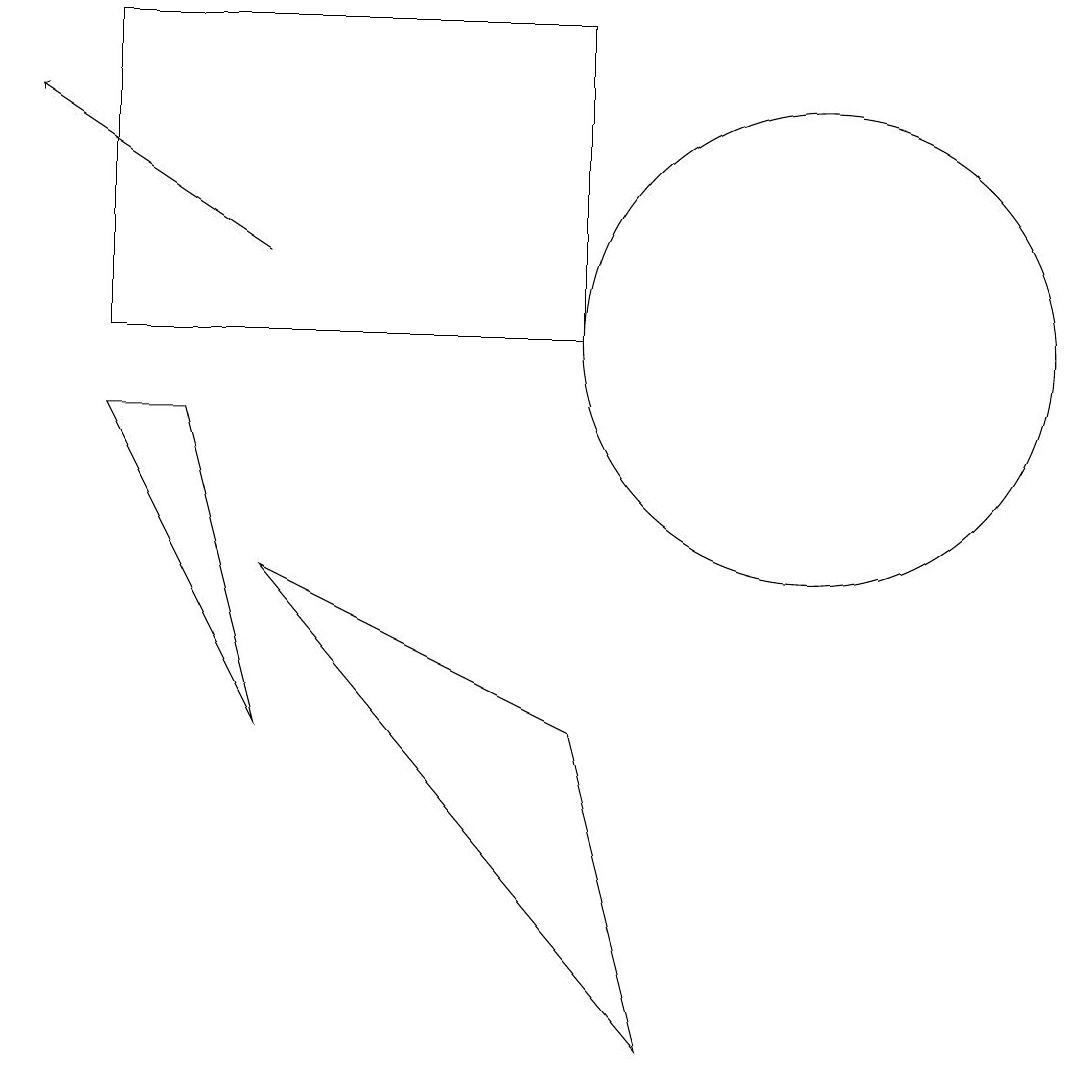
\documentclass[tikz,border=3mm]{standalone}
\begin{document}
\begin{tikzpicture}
\draw (2,9) -- (1,9) -- (3,5) -- cycle;
\draw (10,10) circle (3);
\draw[->] (3,11) -- (0,13);
\draw (3,7) -- (8,1) -- (7,5) -- cycle;
\draw (1,14) rectangle (7,10);
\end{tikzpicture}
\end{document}